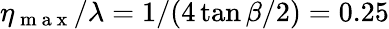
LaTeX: \eta_{\mathrm{~m~a~x~}}/\lambda=1/(4\tan{\beta/2})=0.25